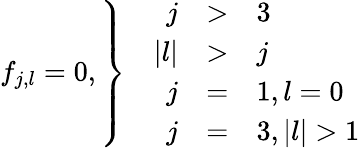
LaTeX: f_{j,l}=0,\left\} \quad\begin{array}{rcl}{j}&{>}&{3}\\ {|l|}&{>}&{j}\\ {j}&{=}&{1,l=0}\\ {j}&{=}&{3,|l|>1}\end{array}\right.